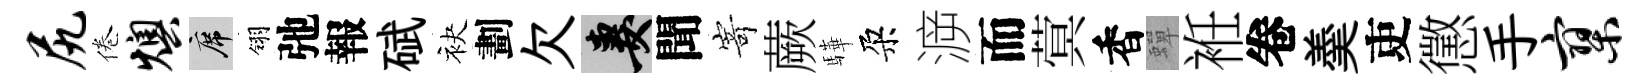
尻倦燠席翎弛報碔袂劃欠妻聞𭔃蕨驊朶㴑而蓂香蟬袵卷羮吏懲手寥